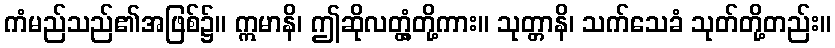
ကံမည်သည်၏အဖြစ်၌။ ဣမာနိ၊ ဤဆိုလတ္တံ့တို့ကား။ သုတ္တာနိ၊ သက်သေခံ သုတ်တို့တည်း။